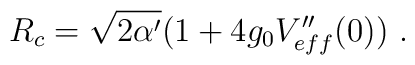
R_c = \sqrt{2\alpha'}(1+4g_0V_{eff}''(0))\ .